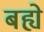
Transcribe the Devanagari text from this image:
बह्ये